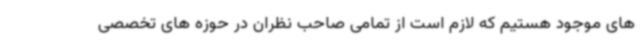
های موجود هستیم که لازم است از تمامی صاحب نظران در حوزه های تخصصی